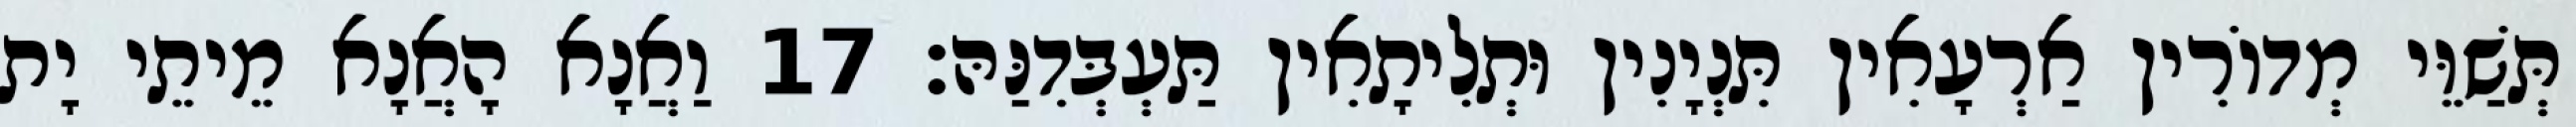
תְּשַׁוֵּי מְדוֹרִין אַרְעָאִין תִּנְיָנִין וּתְלִיתָאִין תַּעְבְּדִנַּהּ׃ 17 וַאֲנָא הָאֲנָא מֵיתֵי יָת